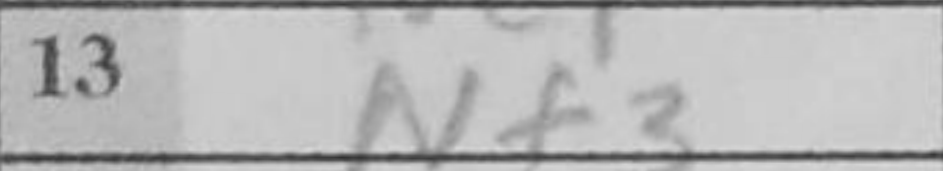
Transcription: Nf3